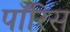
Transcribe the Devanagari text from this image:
पॉरिस